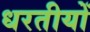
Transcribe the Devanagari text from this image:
धरतीयों